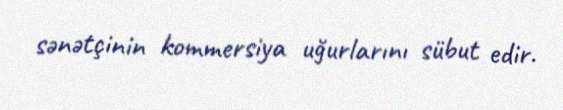
sənətçinin kommersiya uğurlarını sübut edir.